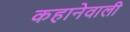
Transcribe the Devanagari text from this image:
कहानेवाली